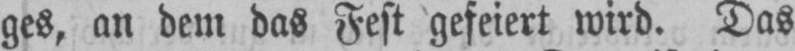
ges, an dem das Fest gefeiert wird. Das